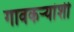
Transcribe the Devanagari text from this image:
गावकऱ्यांशी